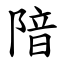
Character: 隌